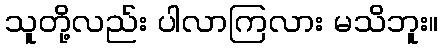
သူတို့လည်း ပါလာကြလား မသိဘူး။